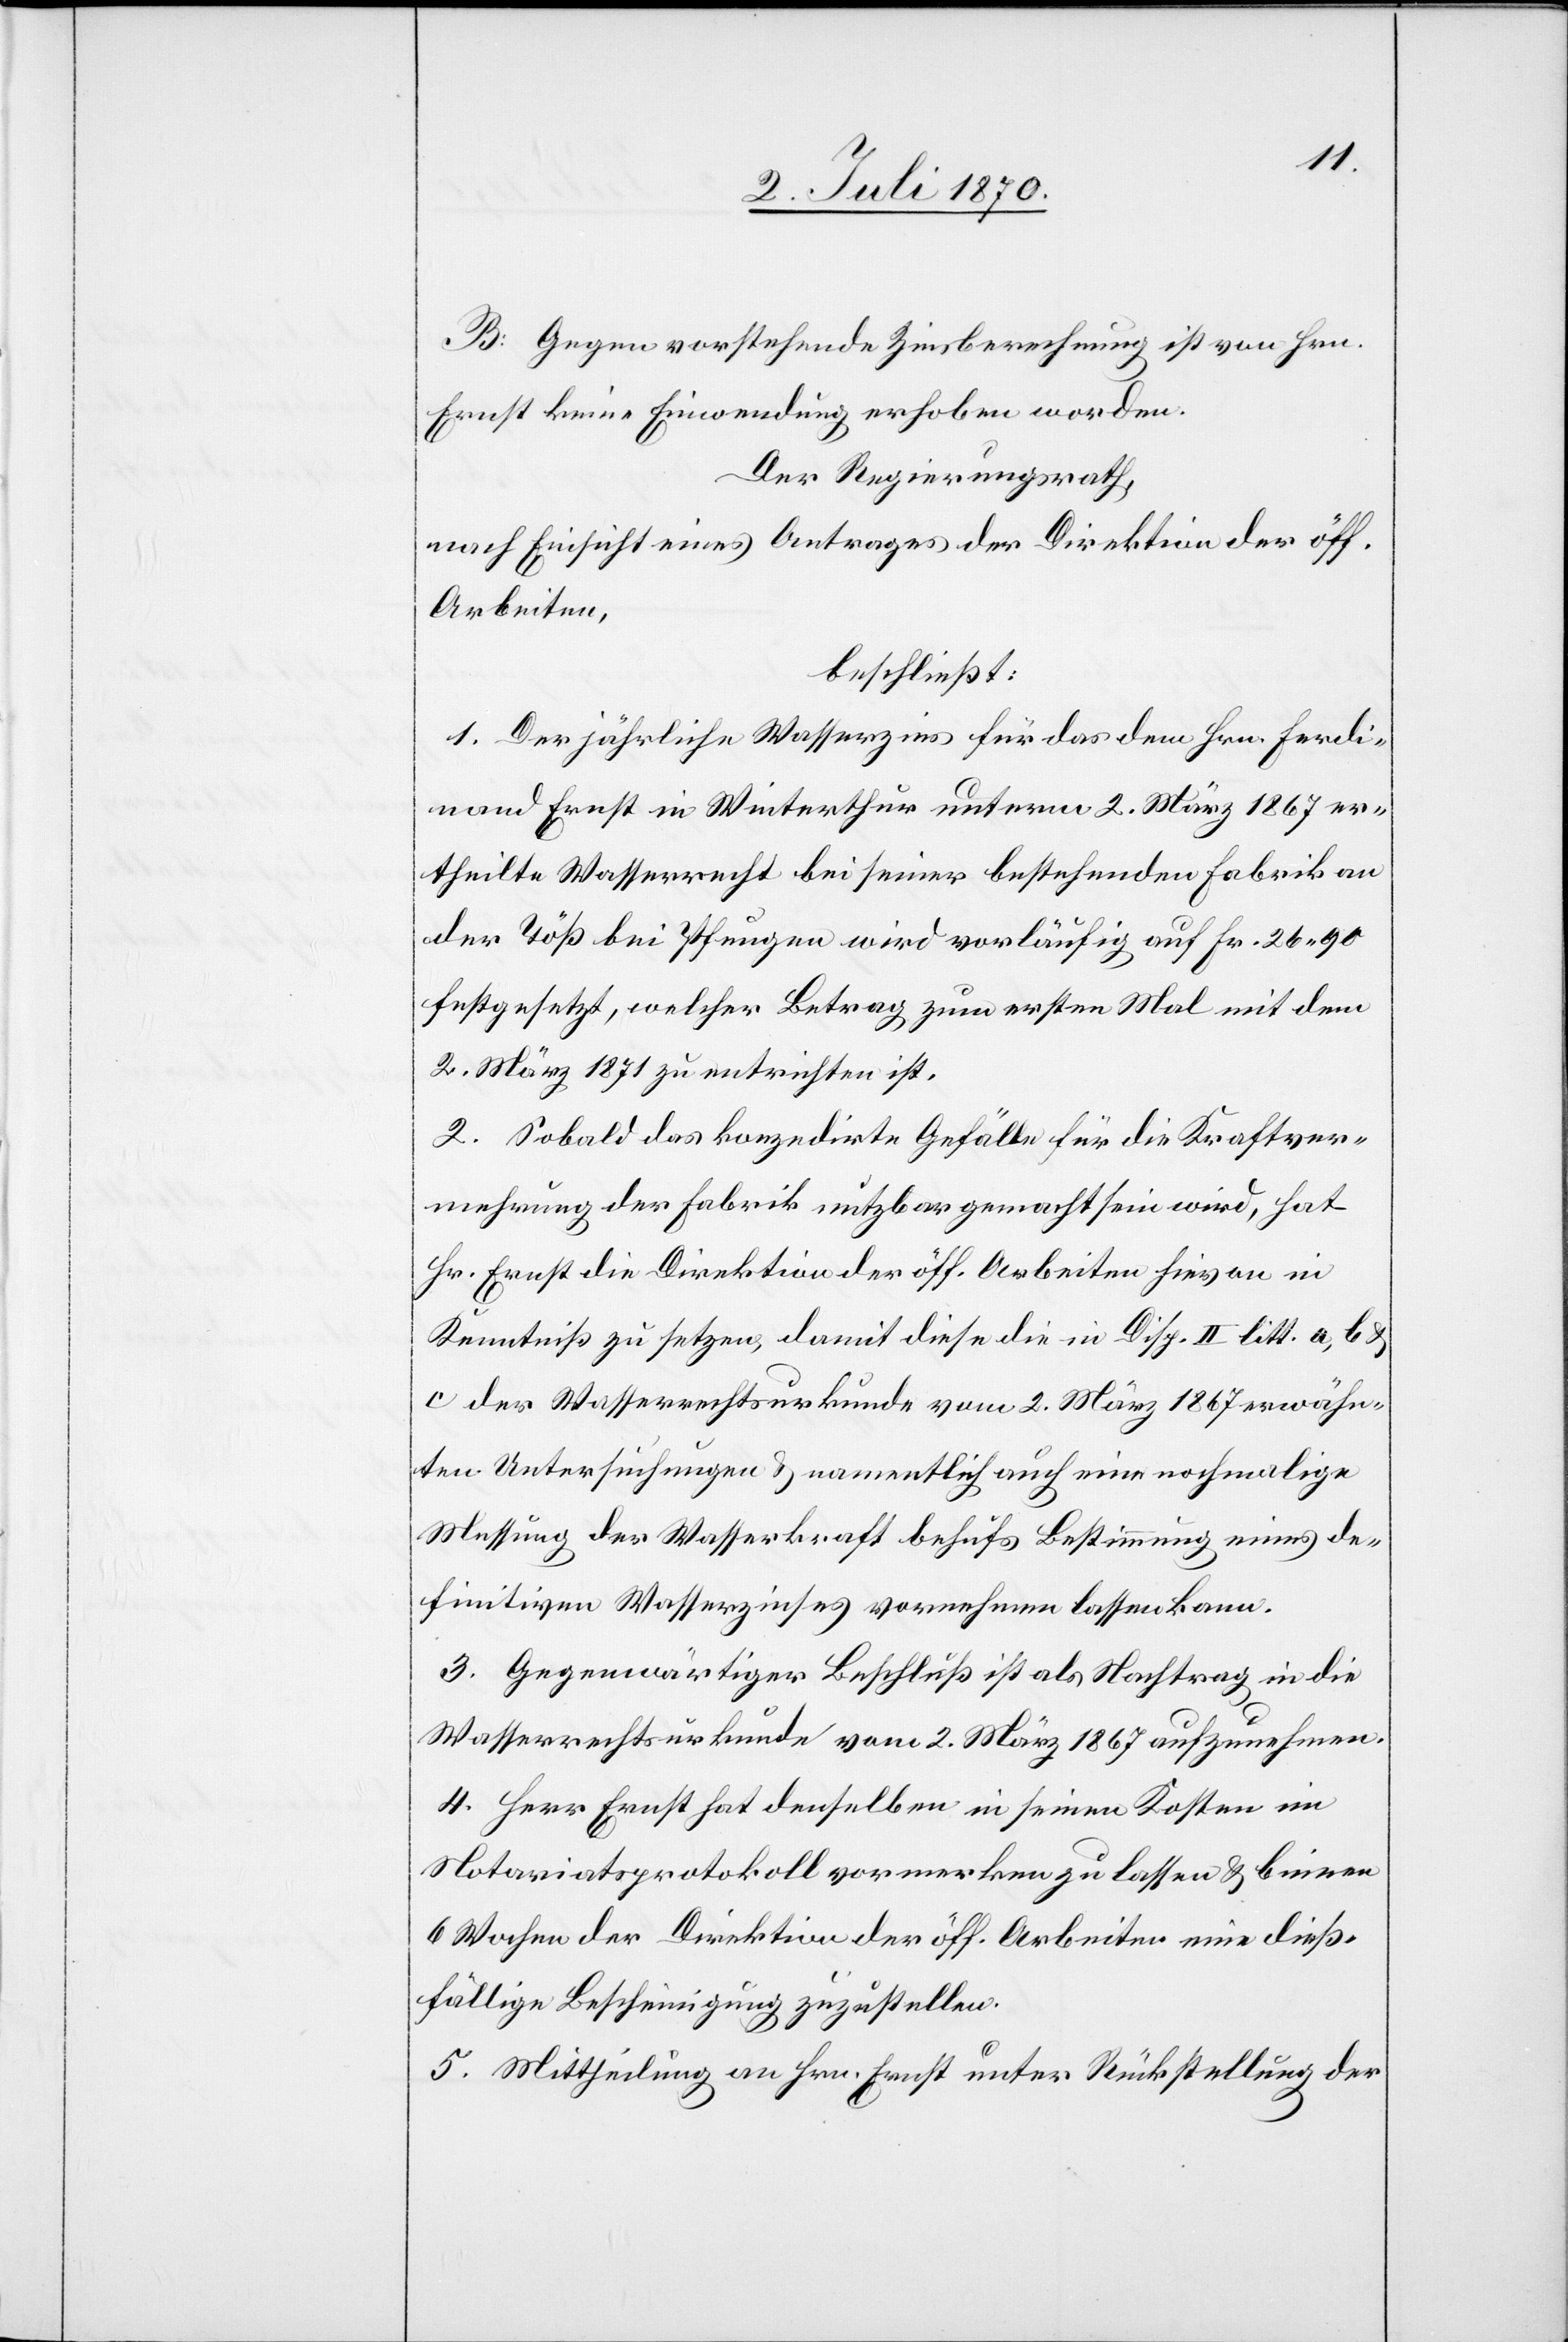
B. Gegen vorstehende Zinsberechnung ist von Hrn.
Ernst keine Einwendung erhoben worden.
Der Regierungsrath,
nach Einsicht eines Antrages der Direktion der öff.
Arbeiten,
beschließt:
1. Der jährliche Wasserzins für das dem Hrn. Ferdi¬
nand Ernst in Winterthur unterm 2. März 1867 er¬
theilte Wasserrecht bei seiner bestehenden Fabrik an
der Töß bei Pfungen wird vorläufig auf Fr. 26.90
festgesetzt, welcher Betrag zum ersten Mal mit dem
2. März 1871 zu entrichten ist.
2. Sobald das konzedirte Gefälle für die Kraftver¬
mehrung der Fabrik nutzbar gemacht sein wird, hat
Hr. Ernst die Direktion der öff. Arbeiten hievon in
Kenntniß zu setzen, damit diese die in Disp. II litt. a, b &
c der Wasserrechtsurkunde vom 2. März 1867 erwähn¬
ten Untersuchungen & namentlich auch eine nochmalige
Messung der Wasserkraft behufs Bestimmung eines de¬
finitiven Wasserzinses vornehmen lassen kann.
3. Gegenwärtiger Beschluß ist als Nachtrag in die
Wasserrechtsurkunde vom 2. März 1867 aufzunehmen.
4. Herr Ernst hat denselben in seinen Kosten im
Notariatsprotokoll vormerken zu lassen & binnen
6 Wochen der Direktion der öff. Arbeiten eine dieß¬
fällige Bescheinigung zuzustellen.
5. Mittheilung an Hrn. Ernst unter Rückstellung der